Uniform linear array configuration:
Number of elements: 16
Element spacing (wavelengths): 0.25
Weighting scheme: uniform
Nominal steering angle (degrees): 0
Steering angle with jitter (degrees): -0.7516
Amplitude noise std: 0.05
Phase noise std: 0.05

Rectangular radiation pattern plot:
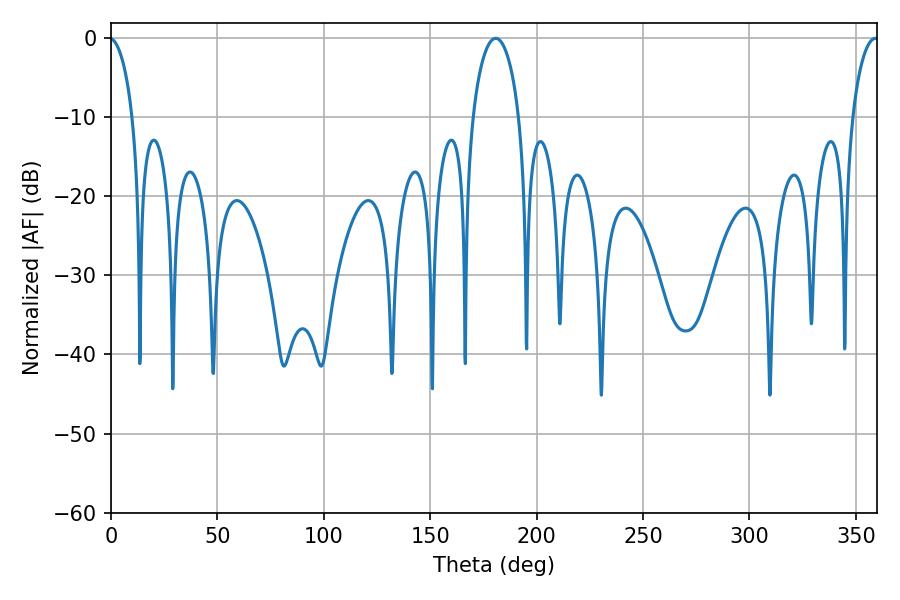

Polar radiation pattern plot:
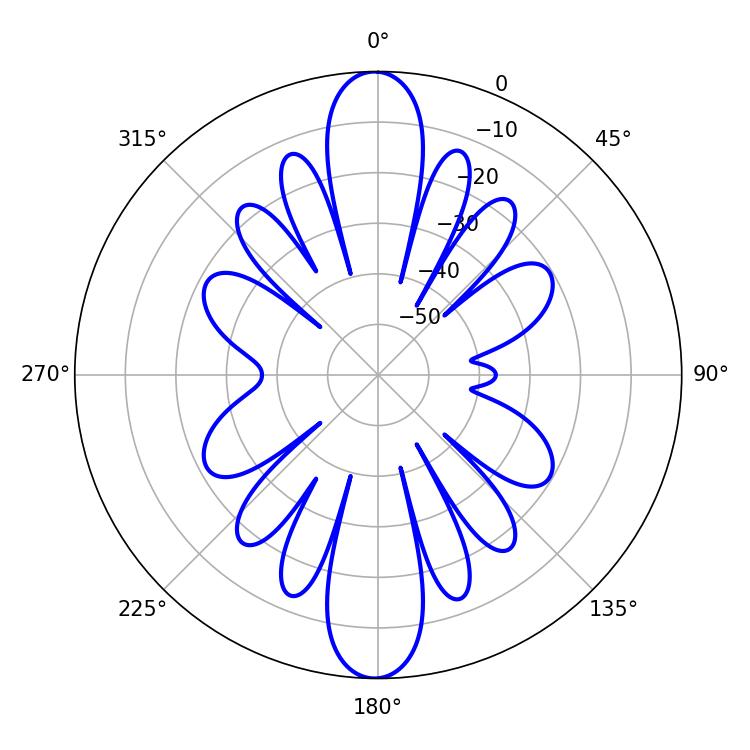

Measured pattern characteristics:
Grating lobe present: FALSE
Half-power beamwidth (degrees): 12.42
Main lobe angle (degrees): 180.72